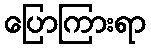
ပြောကြားရာ